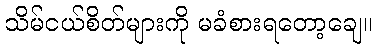
သိမ်ငယ်စိတ်များကို မခံစားရတော့ချေ။